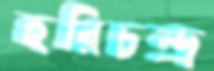
হরিচন্দ্র